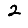
Digit: 2